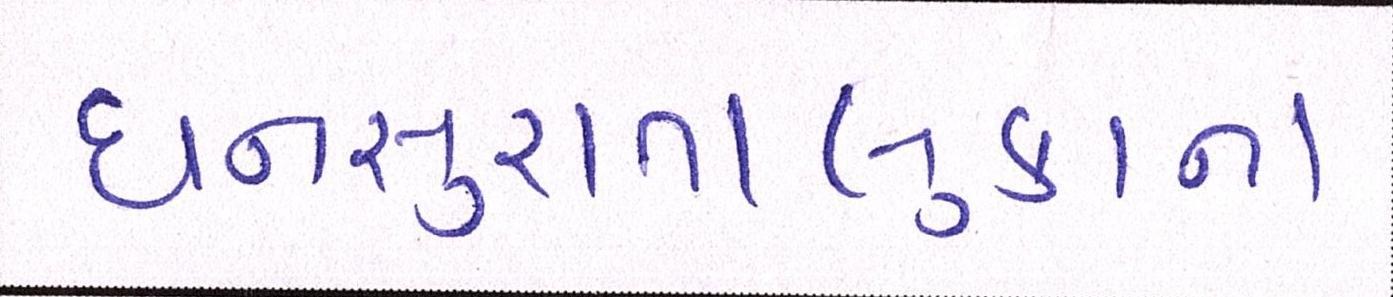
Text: ધનસુરાતાલુકાના